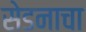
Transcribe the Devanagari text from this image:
सेडनाचा